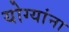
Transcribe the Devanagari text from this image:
योग्यांना